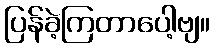
ပြန်ခဲ့ကြတာပေါ့ဗျ။